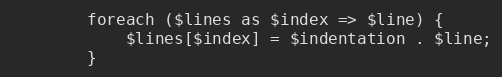
Language: PHP
        foreach ($lines as $index => $line) {
            $lines[$index] = $indentation . $line;
        }